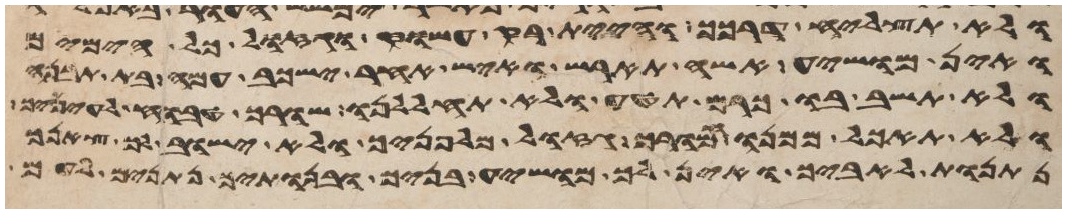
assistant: ולא תצליח דרכך והיית רק עשוק וגזול כל הימים
ואין מושיע אשה תארש ואיש אחר ישכב עמה בית תבנה
ולא תשב בו כרם תטע ולא תחללנו שורך טבוח לעיניך
ולא תאכל ממנו חמורך גזול מלפניך ולא ישוב
נתנות לאיביך ואין לך מושיע בניך ובנתיך נתנים לעם